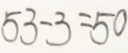
5 3 - 3 = 5 0